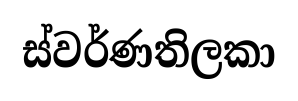
ස්වර්ණතිලකා